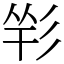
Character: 𢒑